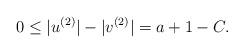
LaTeX: \begin{align*}0\le |u^{(2)}| - |v^{(2)}| = a+1-C.\end{align*}